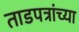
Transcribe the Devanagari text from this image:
ताडपत्रांच्या